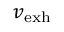
v _ { \mathrm { e x h } }